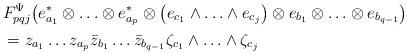
LaTeX: \begin{align*}&F^{\Psi}_{pqj}\bigl(e^*_{a_1}\otimes \ldots\otimes e^*_{a_p}\otimes\bigl( e_{c_1}\wedge\ldots \wedge e_{c_{j}}\bigr) \otimes e_{b_1}\otimes \ldots \otimes e_{b_{q-1}} \bigr)\\&=z_{a_1}\ldots z_{a_p}\Bar{z}_{b_1}\ldots\Bar{z}_{b_{q-1}}{\zeta}_{c_1}\wedge\ldots \wedge {\zeta}_{c_{j}}\end{align*}